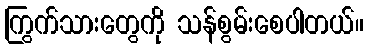
ကြွက်သားတွေကို သန်စွမ်းစေပါတယ်။